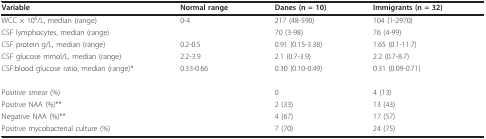
| Variable | Normal range | Danes (n = 10) | Immigrants (n = 32) |
 | --- | --- | --- | --- |
 | WCC × 106/L, median (range) | 0-4 | 217 (48-590) | 104 (1-2970) |
 | CSF lymphocytes, median (range) |  | 70 (3-98) | 76 (4-99) |
 | CSF protein g/L, median (range) | 0.2-0.5 | 0.91 (0.15-3.38) | 1.65 (0.1-11.7) |
 | CSF glucose mmol/L, median (range) | 2.2-3.9 | 2.1 (0.7-3.9) | 2.2 (0.7-8.7) |
 | CSF:blood glucose ratio, median (range)* | 0.33-0.66 | 0.30 (0.10-0.49) | 0.31 (0.09-0.71) |
 | Positive smear (%) |  | 0 | 4 (13) |
 | Positive NAA (%)** |  | 2 (33) | 13 (43) |
 | Negative NAA (%)** |  | 4 (67) | 17 (57) |
 | Positive mycobacterial culture (%) |  | 7 (70) | 24 (75) |